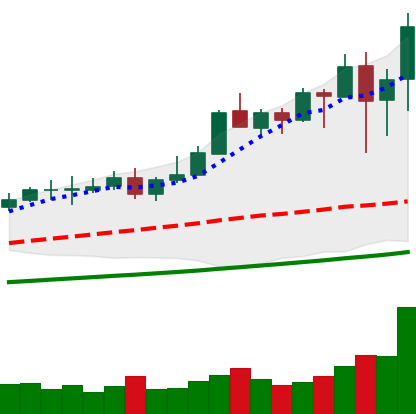
Ticker: XMR-USD
Chart end date: 2021-04-20
Forward return: -11.425%
Label: down_7plus